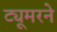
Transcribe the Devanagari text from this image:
ट्यूमरने